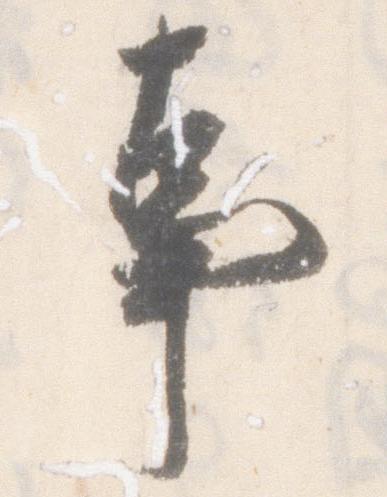
事